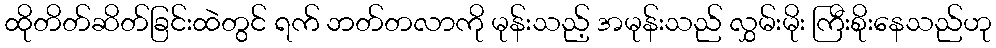
ထိုတိတ်ဆိတ်ခြင်းထဲတွင် ရက် ဘတ်တလာကို မုန်းသည့် အမုန်းသည် လွှမ်းမိုး ကြီးစိုးနေသည်ဟု